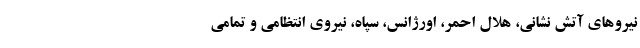
نیروهای آتش نشانی، هلال احمر، اورژانس، سپاه، نیروی انتظامی و تمامی